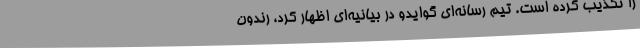
را تکذیب کرده است. تیم رسانه‌ای گوایدو در بیانیه‌ای اظهار کرد، رندون